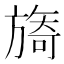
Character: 旖